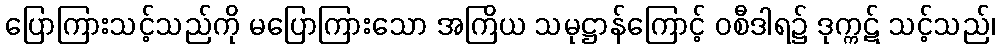
ပြောကြားသင့်သည်ကို မပြောကြားသော အကြိယ သမုဋ္ဌာန်ကြောင့် ဝစီဒါရ၌ ဒုက္ကဋ် သင့်သည်၊